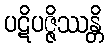
ပဋိပဇ္ဇိဿန္တိ